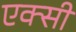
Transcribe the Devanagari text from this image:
एक्सी